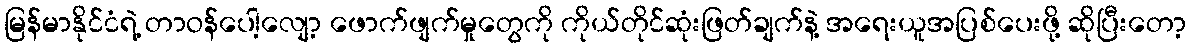
မြန်မာနိုင်ငံရဲ့ တာဝန်ပေါ့လျော့ ဖောက်ဖျက်မှုတွေကို ကိုယ်တိုင်ဆုံးဖြတ်ချက်နဲ့ အရေးယူအပြစ်ပေးဖို့ ဆိုပြီးတော့